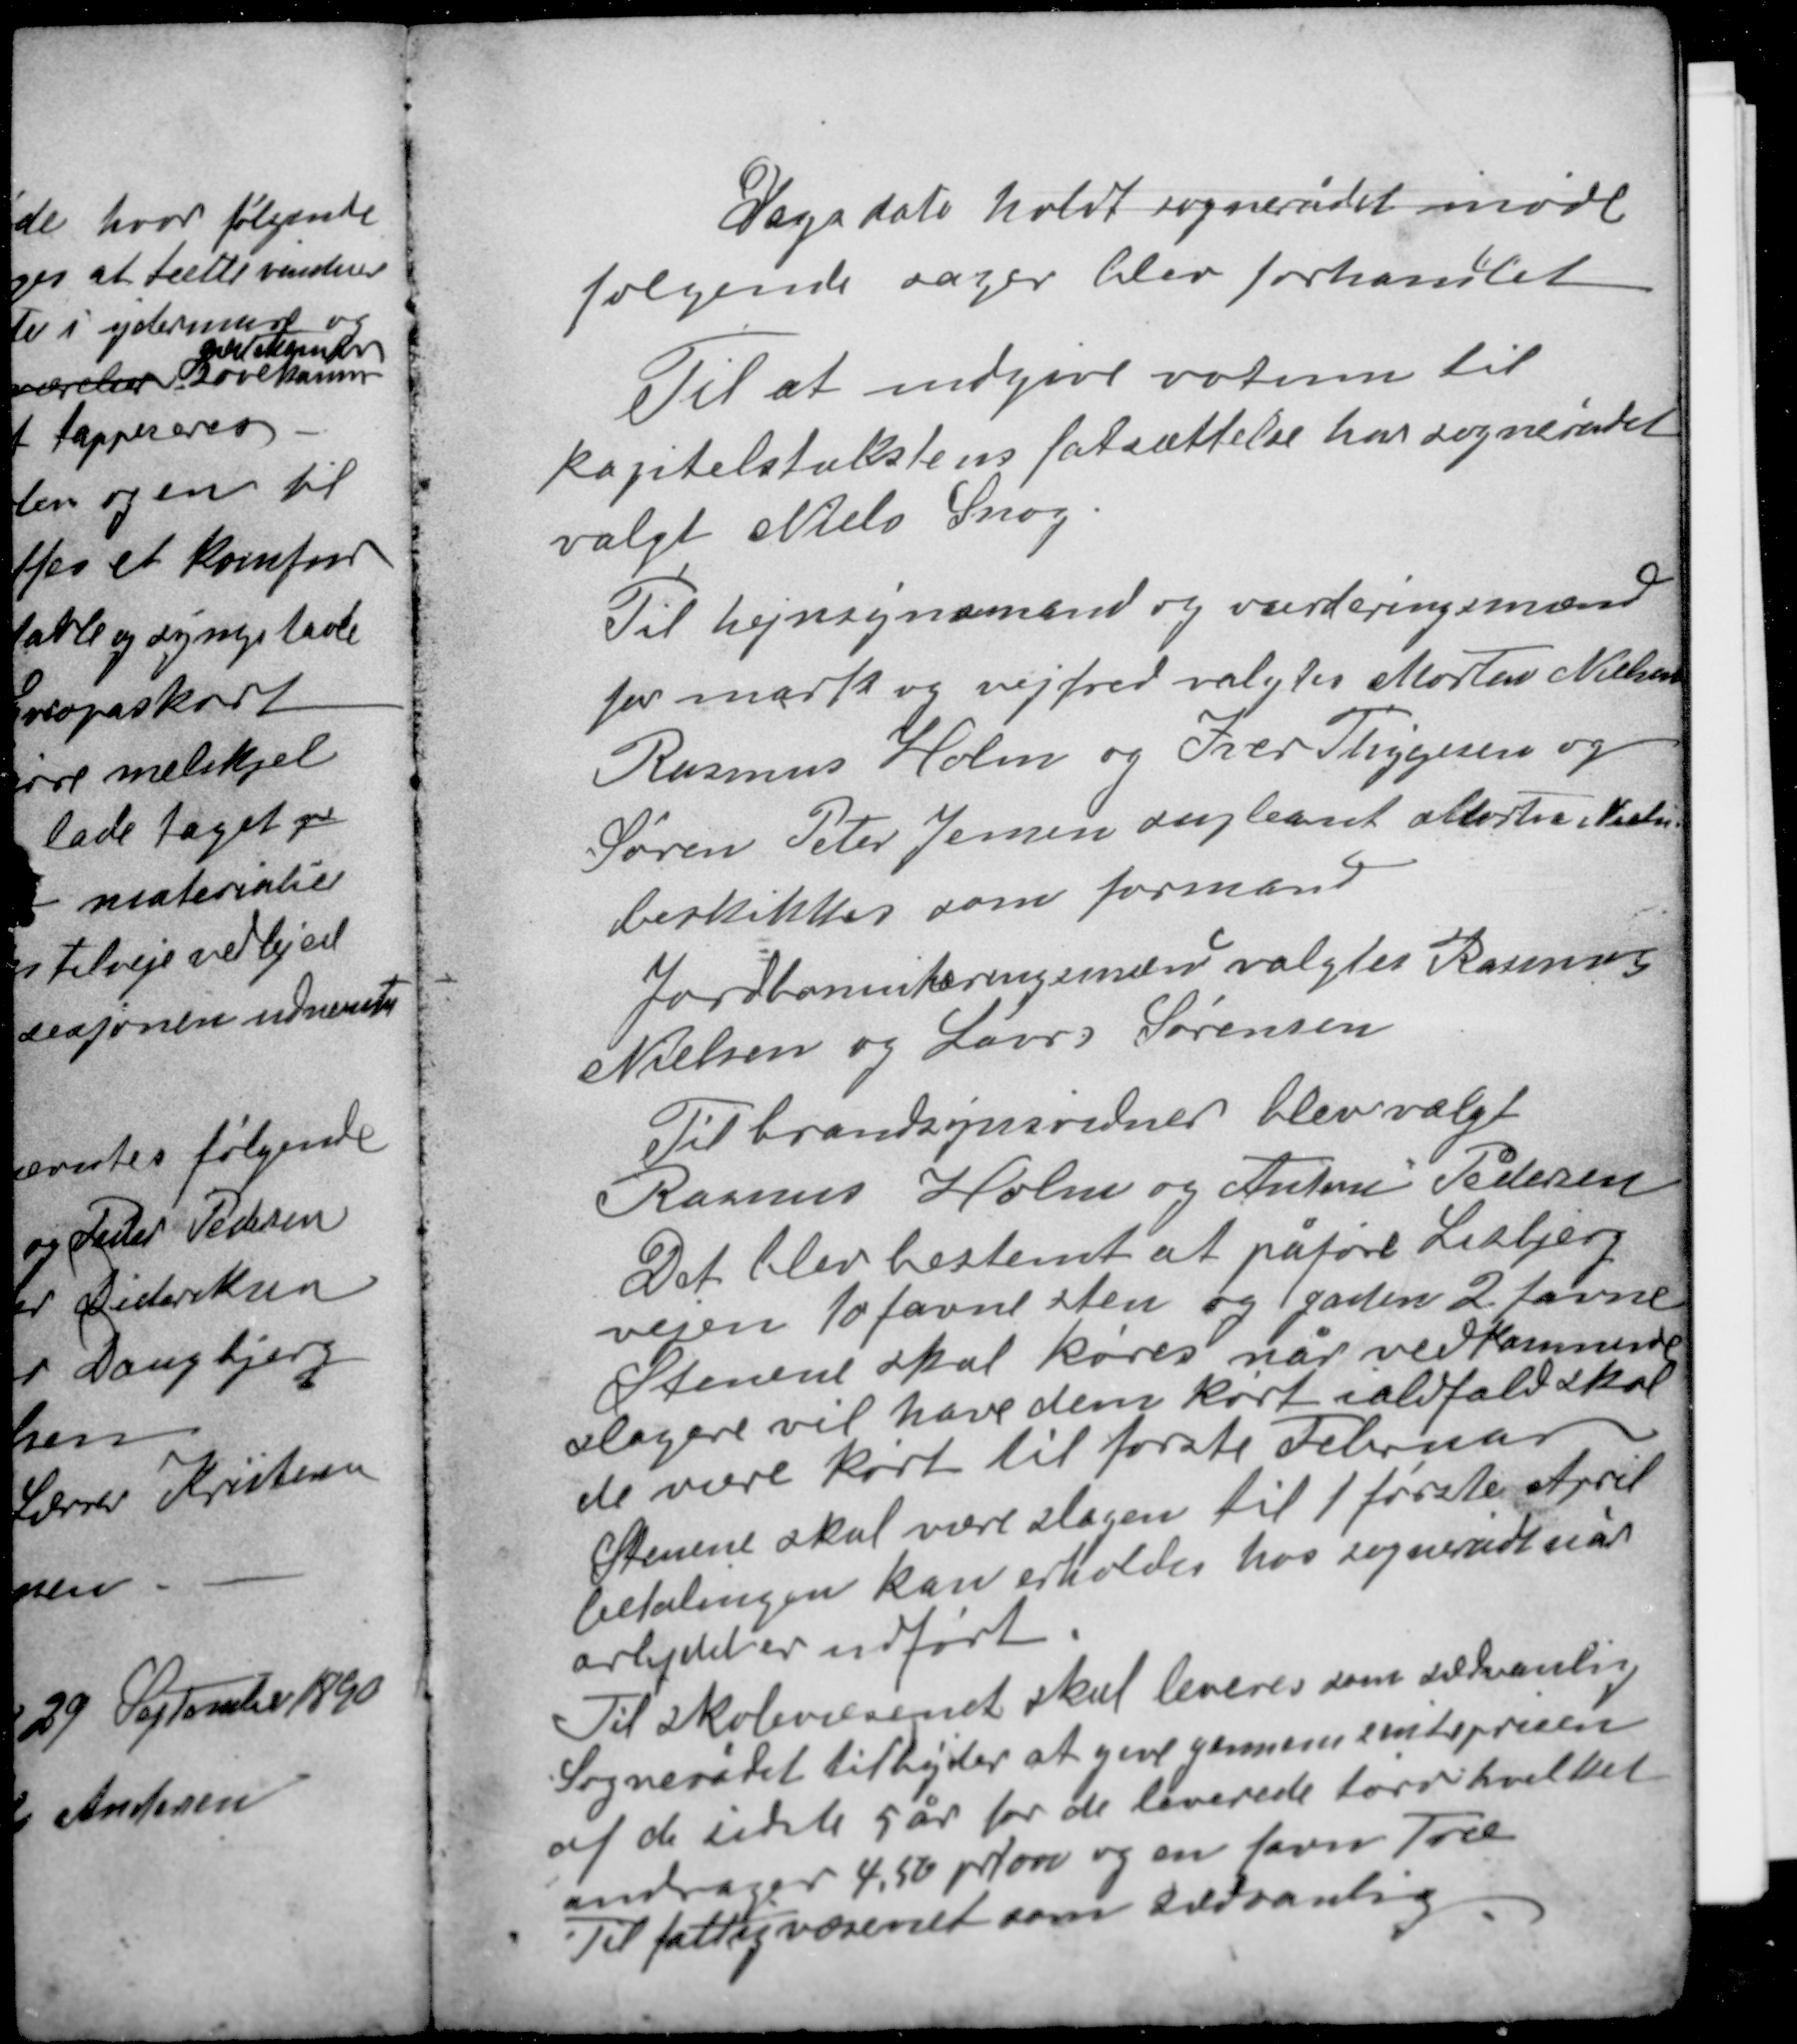
Transskription:
Dags dato holdt sognerådet møde
følgende sager blev forhandlet.
Til at indgive votum til
kapitelstakstens fastsættelse har sognerådet
valgt Niels Snog.

Til hegnsynsmænd og vurderingsmænd
for mark og vejfred valgtes Morten Nielsen
Rasmus Holm og Iver Thygesen og
Søren Peter Jensen supleant Morten Nielsen
beskikkes som formand.
Jordbonnikeringsmænd valgtes Rasmus
Nielsen og Lars Sørensen

Til brandsynsvidner blev valgt
Rasmus Holm og Anton Pedersen
Det blev bestemt at påføre Lisbjerg
vejen 10 favne sten og gaden 2 favne
Stenene skal køres når vedkommende
slagere vil have dem kørt ialfald skal
de være kørt til første Februar
Stenene skal være slagen til 1 første April
betalingen kan erholdes hos sognerådet når
arbejdet er udført.

Til skolevæsenet skal leveres som sædvanlig
Sognerådet tilbyder at give gennemsnitsprisen
af de sidste 5 år for de leverede tørv hvilket
andrager 4,56 pr tørv og en favn Træ
Til fattigvæsenet som sædvanlig